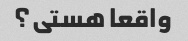
واقعا هستی؟